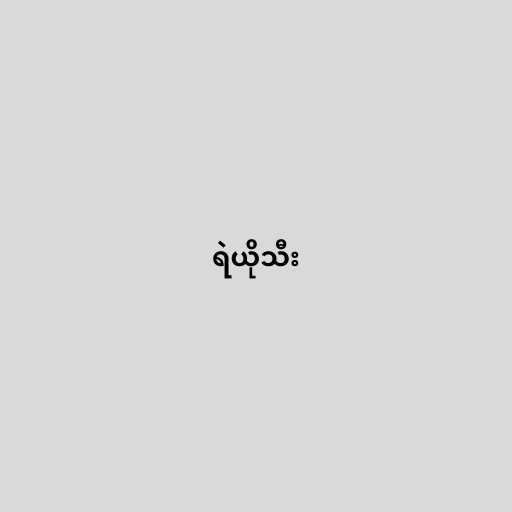
ရဲယိုသီး